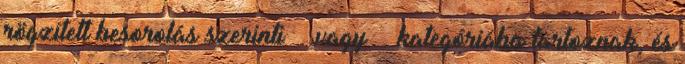
rögzített besorolás szerinti Ⅴ. vagy Ⅵ. kategóriába tartoznak, és